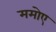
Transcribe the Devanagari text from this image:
ममोए